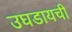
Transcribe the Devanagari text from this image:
उघडायची